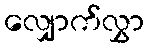
လျှောက်လွှာ